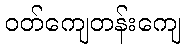
ဝတ်ကျေတန်းကျေ